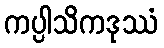
ကပ္ပါသိကဒုဿံ